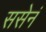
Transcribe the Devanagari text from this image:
ससेनं